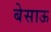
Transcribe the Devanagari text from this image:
बेसाऊ